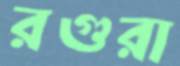
রগুরা